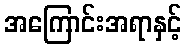
အကြောင်းအရာနှင့်